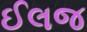
ઈલજ